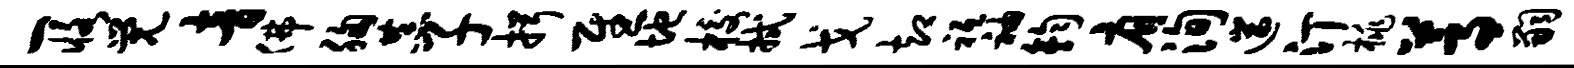
一恪觉音佛胸恭子揖慰地校拭戈却祗袖钧肩洵遄汀桃蒿嗣